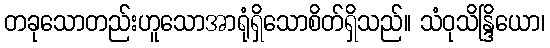
တခုသောတည်းဟူသောအာရုံရှိသောစိတ်ရှိသည်။ သံဝုသိန္ဒြိယော၊